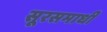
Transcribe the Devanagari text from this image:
सूरसमाधी